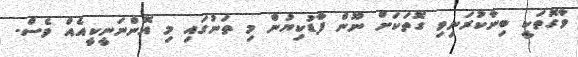
ވާގޮތަކީ ބިނާކުރަނިވި ގޮތަކަށް ނޫން ފާޑުކިޔުން މި ތަނުގައި މި އޮންނަނީކީއެއް ވެސް.